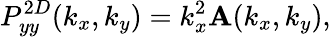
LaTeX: P_{yy}^{2D}(k_{x},k_{y})=k_{x}^{2}\mathbf{A}(k_{x},k_{y}),